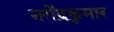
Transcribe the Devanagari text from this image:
नगेंद्रकुमार